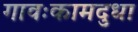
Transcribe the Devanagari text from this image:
गावःकामदुधा